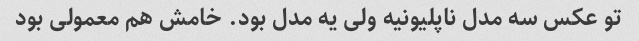
تو عکس سه مدل ناپلیونیه ولی یه مدل بود. خامش هم معمولی بود